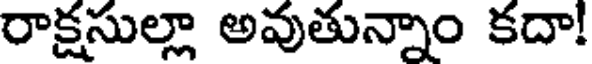
రాక్షసుల్లా అవుతున్నాం కదా!